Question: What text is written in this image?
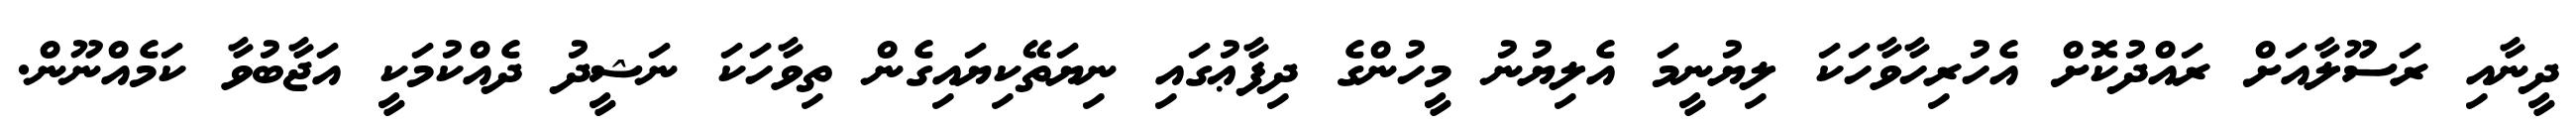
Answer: ދީނާއި ރަސޫލާއަށް ރައްދުކޮށް އެހުރިހާވާހަކަ ލިޔުނީމަ އެލިޔުނު މީހުންގެ ދިފާޢުގައި ނިޔަތޭކިޔައިގެން ތިވާހަކަ ނަޝީދު ދެއްކުމަކީ އަޖާބުވާ ކަމެއްނޫން.